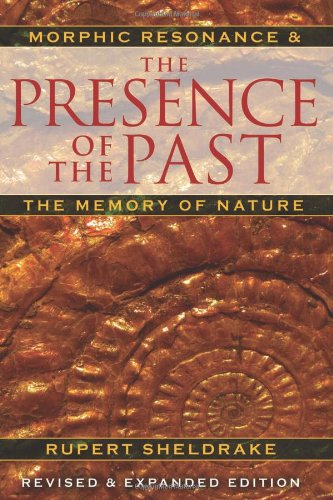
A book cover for The Presence of the Past: Morphic Resonance and the Memory of Nature; Rupert Sheldrake; Religion & Spirituality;